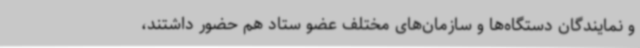
و نمایندگان دستگاه‌ها و سازمان‌های مختلف عضو ستاد هم حضور داشتند،